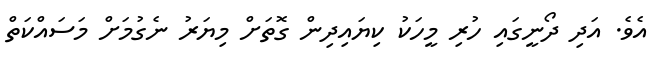
އެވެ. އަދި ދޯނީގައި ހުރި މީހަކު ކިޔައިދިން ގޮތަށް މިޔަރު ނެގުމަށް މަސައްކަތް